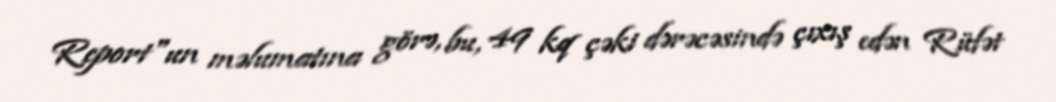
Report"un məlumatına görə, bu, 49 kq çəki dərəcəsində çıxış edən Rüfət